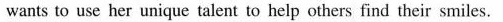
wants to use her unique talent to help others find their smiles.